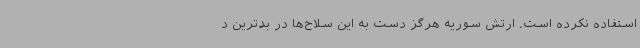
استفاده نکرده است. ارتش سوریه هرگز دست به این سلاح‌ها در بدترین د